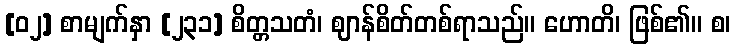
[၀၂] စာမျက်နှာ [၂၃၁] စိတ္တသတံ၊ ဈာန်စိတ်တစ်ရာသည်။ ဟောတိ၊ ဖြစ်၏။ စ၊